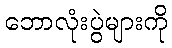
ဘောလုံးပွဲများကို